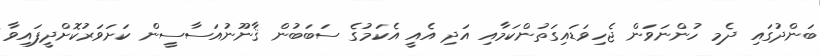
ބަންދުގައި ދެމި ހުންނަވަން ޖެހިވަޑައިގަތުންކަމާއި އަދި އެއީ އެކަމުގެ ސަބަބުން ޤާނޫނުއަސާސީން ކަށަވަރުކޮށްދީފައިވާ